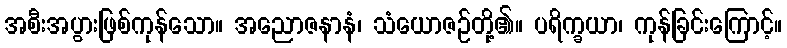
အစီးအပွားဖြစ်ကုန်သော။ အညောဇနာနံ၊ သံယောဇဉ်တို့၏။ ပရိက္ခယာ၊ ကုန်ခြင်းကြောင့်။